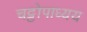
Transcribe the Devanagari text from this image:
चट्टोपाध्यय